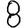
Digit: 8